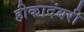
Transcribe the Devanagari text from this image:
हीकादंबरी